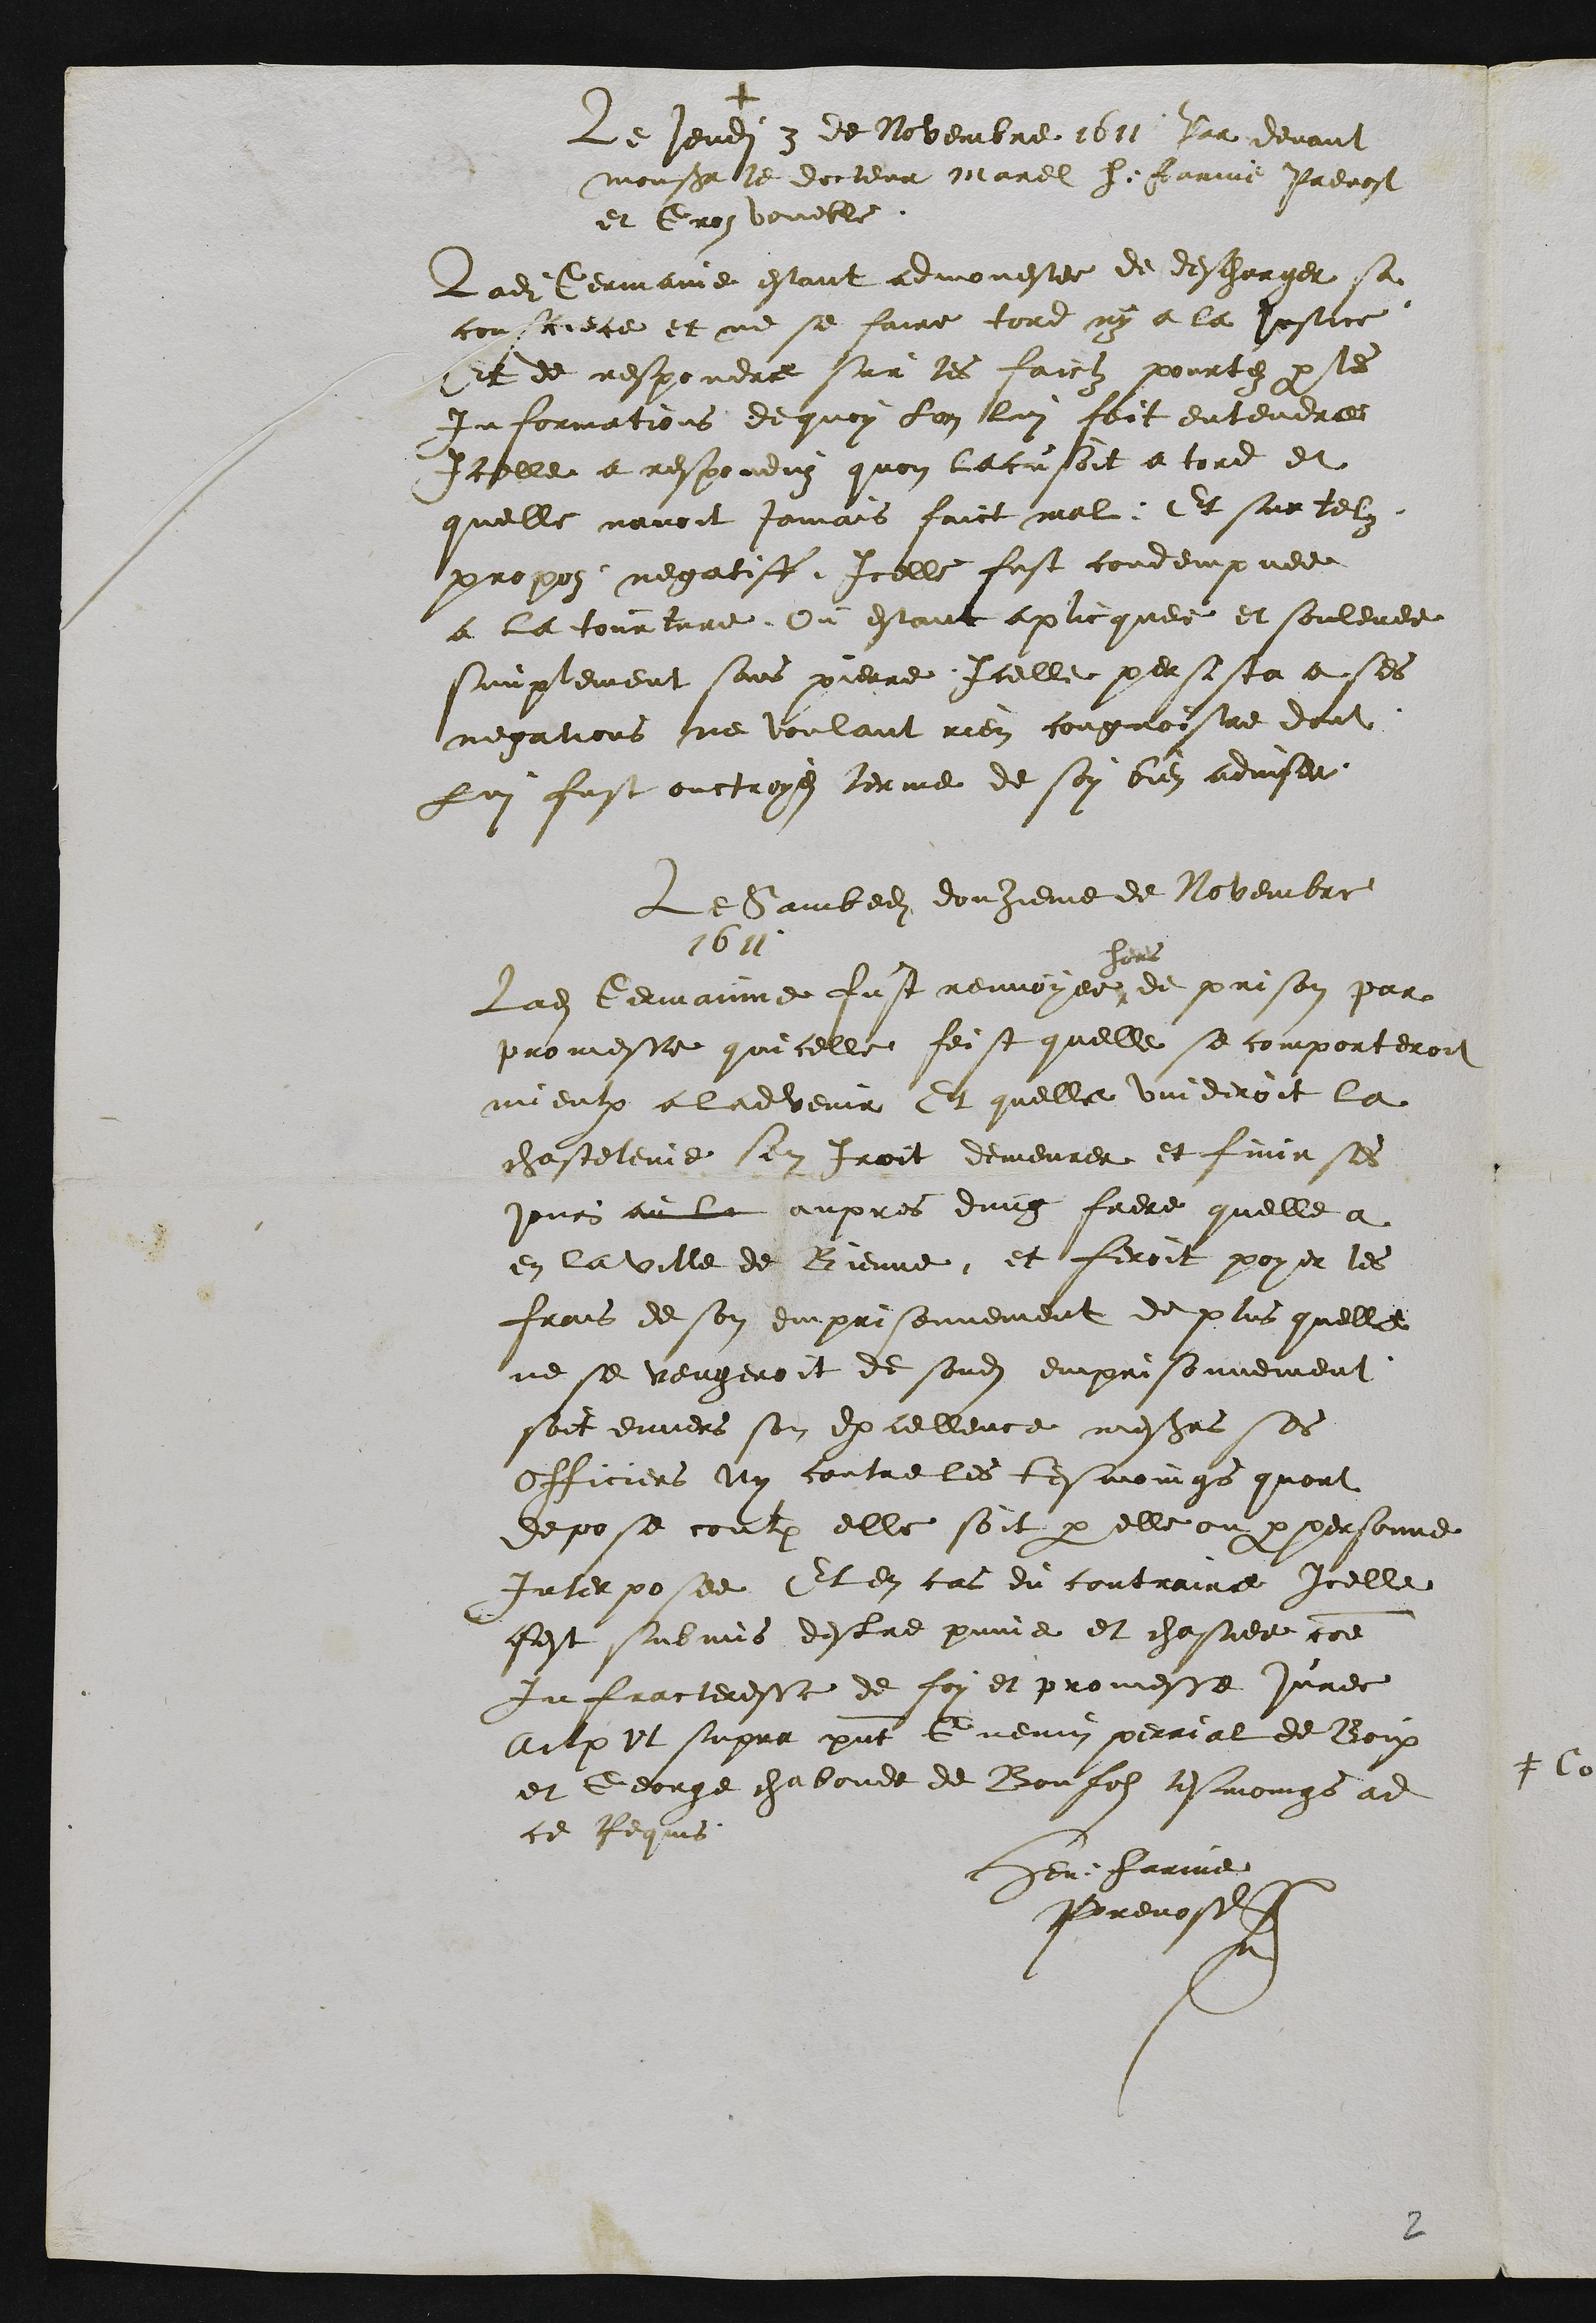
+
Le jeudi 3 de Novembre 1611 Par devant
Monsieur le docteur Marel h: farine Prevost
et Gros voueble.
Ladite Germaine estant admonestee de descharger sa
conscience et ne se faire tord ny a la justice
et de respondre sur les faictz pourte par les
Informations de quoy lon lui fait entendre
Icelle a respondu quon laccusoit a tord et
quelle navoit jamais faict mal. Et sur tel
propos negatiff Icelle fust condempnee
a la tourture Ou estant aplicquee et soulevee
simplement sans pierre Icelle persista a ses
negations ne voulant rien congnoistre dont
Lui fust ouctroye terme de soy bien adviser.
Le Sambedi douzieme de Novembre
1611
Ladite Germaine fust renvoyee
hors
de prison par
promesse quicelle feist quelle se comporteroit
mieulx a ladvenir Et quelle vuideroit la
chastelenie sen Iroit demeurer et finir ses
jours au la aupres dung frere quelle a
en la ville de Bienne et feroit payer les
frais de son emprisonnement de plus quelle
ne se vengeroit de sondit emprisonnement
soit envers son Excellence messieurs ses
Officiers Ny contre les tesmoings quont
depose contre elle soit par elle ou par personne
Interposee Et en cas du contraire Icelle
afest submis destre punie et chastiee comme
Infracteresse de foy et promesse juree
Actum ut supra presentes Guenin perrial de Boix
et George chaboude de Bonfols tesmoings ad
ce Requis
Hen: farine
Prevost